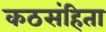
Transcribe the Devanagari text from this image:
कठसंहिता